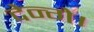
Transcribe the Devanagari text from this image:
देन्गे।